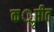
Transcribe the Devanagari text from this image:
कॢप्तीत